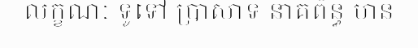
លក្ខណៈ ទូទៅ ប្រាសាទ នាគព័ន្ធ មាន